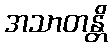
အသာတန္တိ